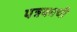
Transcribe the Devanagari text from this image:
पत्रकाची